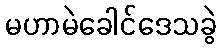
မဟာမဲခေါင်ဒေသခွဲ